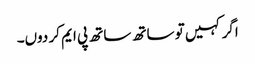
اگر کہیں تو ساتھ ساتھ پی ایم کر دوں۔